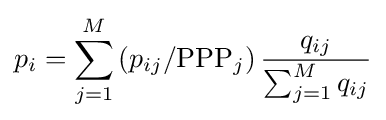
p_{i}=\sum _{j=1}^{M}{\left(p_{ij}/{\rm {PPP}}_{j}\right){\frac {q_{ij}}{\sum _{j=1}^{M}q_{ij}}}}